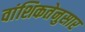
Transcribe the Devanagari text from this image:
वांशिकतेनुसार